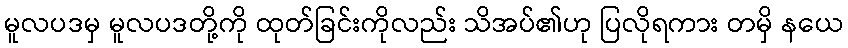
မူလပဒမှ မူလပဒတို့ကို ထုတ်ခြင်းကိုလည်း သိအပ်၏ဟု ပြလိုရကား တမှိ နယေ